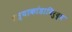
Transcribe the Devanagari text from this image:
हत्याकांडाविरुद्ध